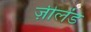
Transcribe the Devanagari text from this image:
ज़ीलेंड